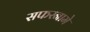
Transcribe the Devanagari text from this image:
सफरनामे